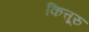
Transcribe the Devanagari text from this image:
कित्तूरु